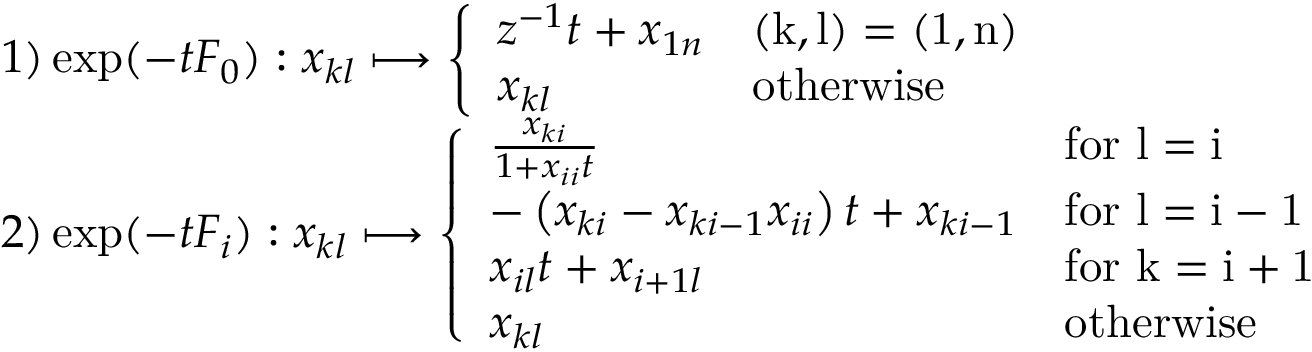
\begin{array} { l } { { 1 ) \exp ( - t F _ { 0 } ) : x _ { k l } \longmapsto \left\{ \begin{array} { l l } { { z ^ { - 1 } t + x _ { 1 n } } } & { { \mathrm { ( k , l ) = ( 1 , n ) } } } \\ { { x _ { k l } } } & { { \mathrm { o t h e r w i s e } } } \end{array} \right. } } \\ { { 2 ) \exp ( - t F _ { i } ) : x _ { k l } \longmapsto \left\{ \begin{array} { l l } { { \frac { x _ { k i } } { 1 + x _ { i i } t } } } & { { \mathrm { f o r ~ l = i ~ } } } \\ { { - \left( x _ { k i } - x _ { k i - 1 } x _ { i i } \right) t + x _ { k i - 1 } } } & { { \mathrm { f o r ~ l = i - 1 ~ } } } \\ { { x _ { i l } t + x _ { i + 1 l } } } & { { \mathrm { f o r ~ k = i + 1 ~ } } } \\ { { x _ { k l } } } & { { \mathrm { o t h e r w i s e } } } \end{array} \right. } } \end{array}